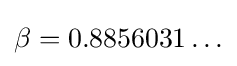
\beta =0.8856031\ldots